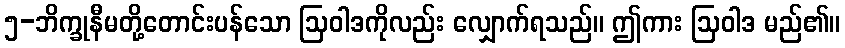
၅-ဘိက္ခုနီမတို့တောင်းပန်သော ဩဝါဒကိုလည်း လျှောက်ရသည်။ ဤကား ဩဝါဒ မည်၏။